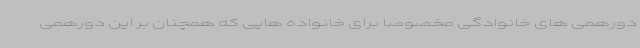
دورهمی های خانوادگی مخصوصا برای خانواده هایی که همچنان بر این دورهمی